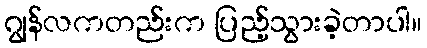
ဂျွန်လကတည်းက ပြည့်သွားခဲ့တာပါ။